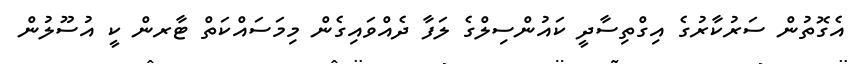
އެގޮތުން ސަރުކާރުގެ އިގްތިސާދީ ކައުންސިލްގެ ލަފާ ދެއްވައިގެން މިމަސައްކަތް ޓާރން ކީ އުސޫލުން